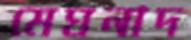
মেঘনাদ